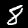
Digit: 8